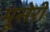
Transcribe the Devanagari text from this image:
मूसेरी